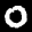
Label: 0